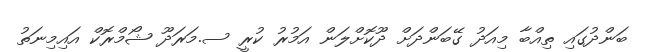
ބަންދުގައި ތިއްބާ މިއަދު ގޭބަންދަށް ދޫކޮށްލަން އަމުރު ކުރީ ސ.މަރަދޫ ޝޯމްރޮކް އައިމިނަތު